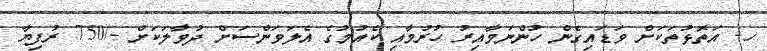
ހ- އަތޮޅުތަކަށް ވަޑައިގެން ހުންނަވާއިރު ހުރުމާއި ކެއުމުގެ އެލަވަންސަށް ދުވާލަކަށް -/750 ރުފިޔާ